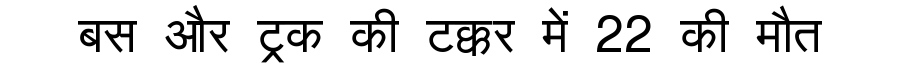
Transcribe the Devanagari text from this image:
बस और ट्रक की टक्कर में 22 की मौत